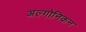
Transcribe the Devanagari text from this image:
अल्गोनिकन